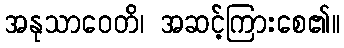
အနုသာဝေတိ၊ အဆင့်ကြားစေ၏။